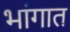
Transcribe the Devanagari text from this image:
भांगात